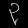
Digit: ၃